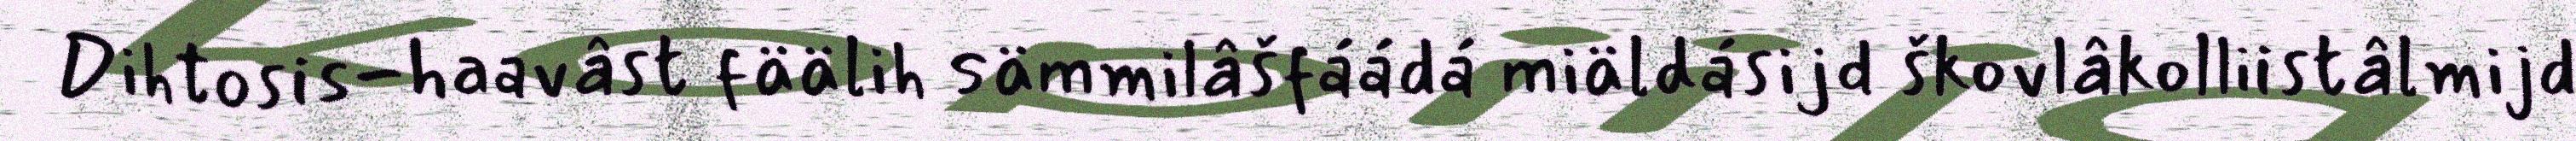
Dihtosis-haavâst fäälih sämmilâšfáádá miäldásijd škovlâkolliistâlmijd